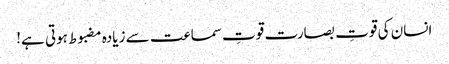
﻿ انسان کی قوتِ بصارت قوتِ سماعت سے زیادہ مضبوط ہوتی ہے!